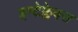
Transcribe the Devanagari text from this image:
इन्टेफ्लेक्स